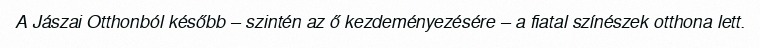
A Jászai Otthonból később – szintén az ő kezdeményezésére – a fiatal színészek otthona lett.